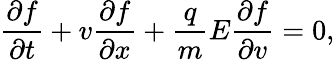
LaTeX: \frac{\partial f}{\partial t}+v\frac{\partial f}{\partial x}+\frac{q}{m}E\frac{\partial f}{\partial v}=0,